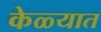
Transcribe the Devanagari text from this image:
केळ्यात